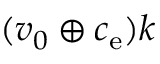
( v _ { 0 } \oplus c _ { \mathrm { e } } ) k